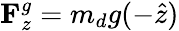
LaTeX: {{\mathbf{F}}_{z}^{g}}={{m_{d}}g{(-\hat{z})}}